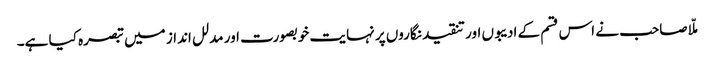
ملّا صاحب نے اس قسم کے ادیبوں اور تنقید نگاروں پر نہایت خوبصورت اور مدلل انداز میں تبصرہ کیا ہے۔